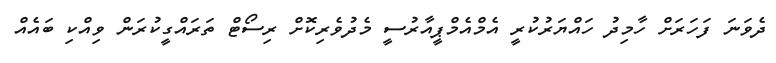
ދެވަނަ ފަހަރަށް ހާމިދު ހައްޔަރުކުރީ އެމްއެމްޕީއާރުސީ މެދުވެރިކޮށް ރިސޯޓް ތަރައްގީކުރަން ވިއްކި ބައެއް